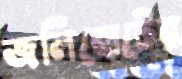
জলিবোটের